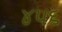
૪૫૬